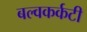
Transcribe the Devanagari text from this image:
बल्वकर्कटी